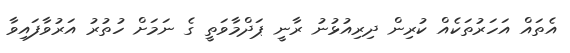
އެތައް އަހަރުތަކެއް ކުރިން ދިރިއުޅުނު ރާނީ ޕަދްމާވަތީ ގެ ނަމަށް ހުތުރު އަރުވާފައިވާ